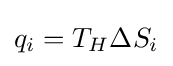
q_{i}=T_{H}\Delta S_{i}